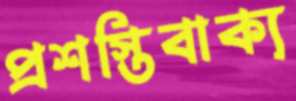
প্রশস্তিবাক্য